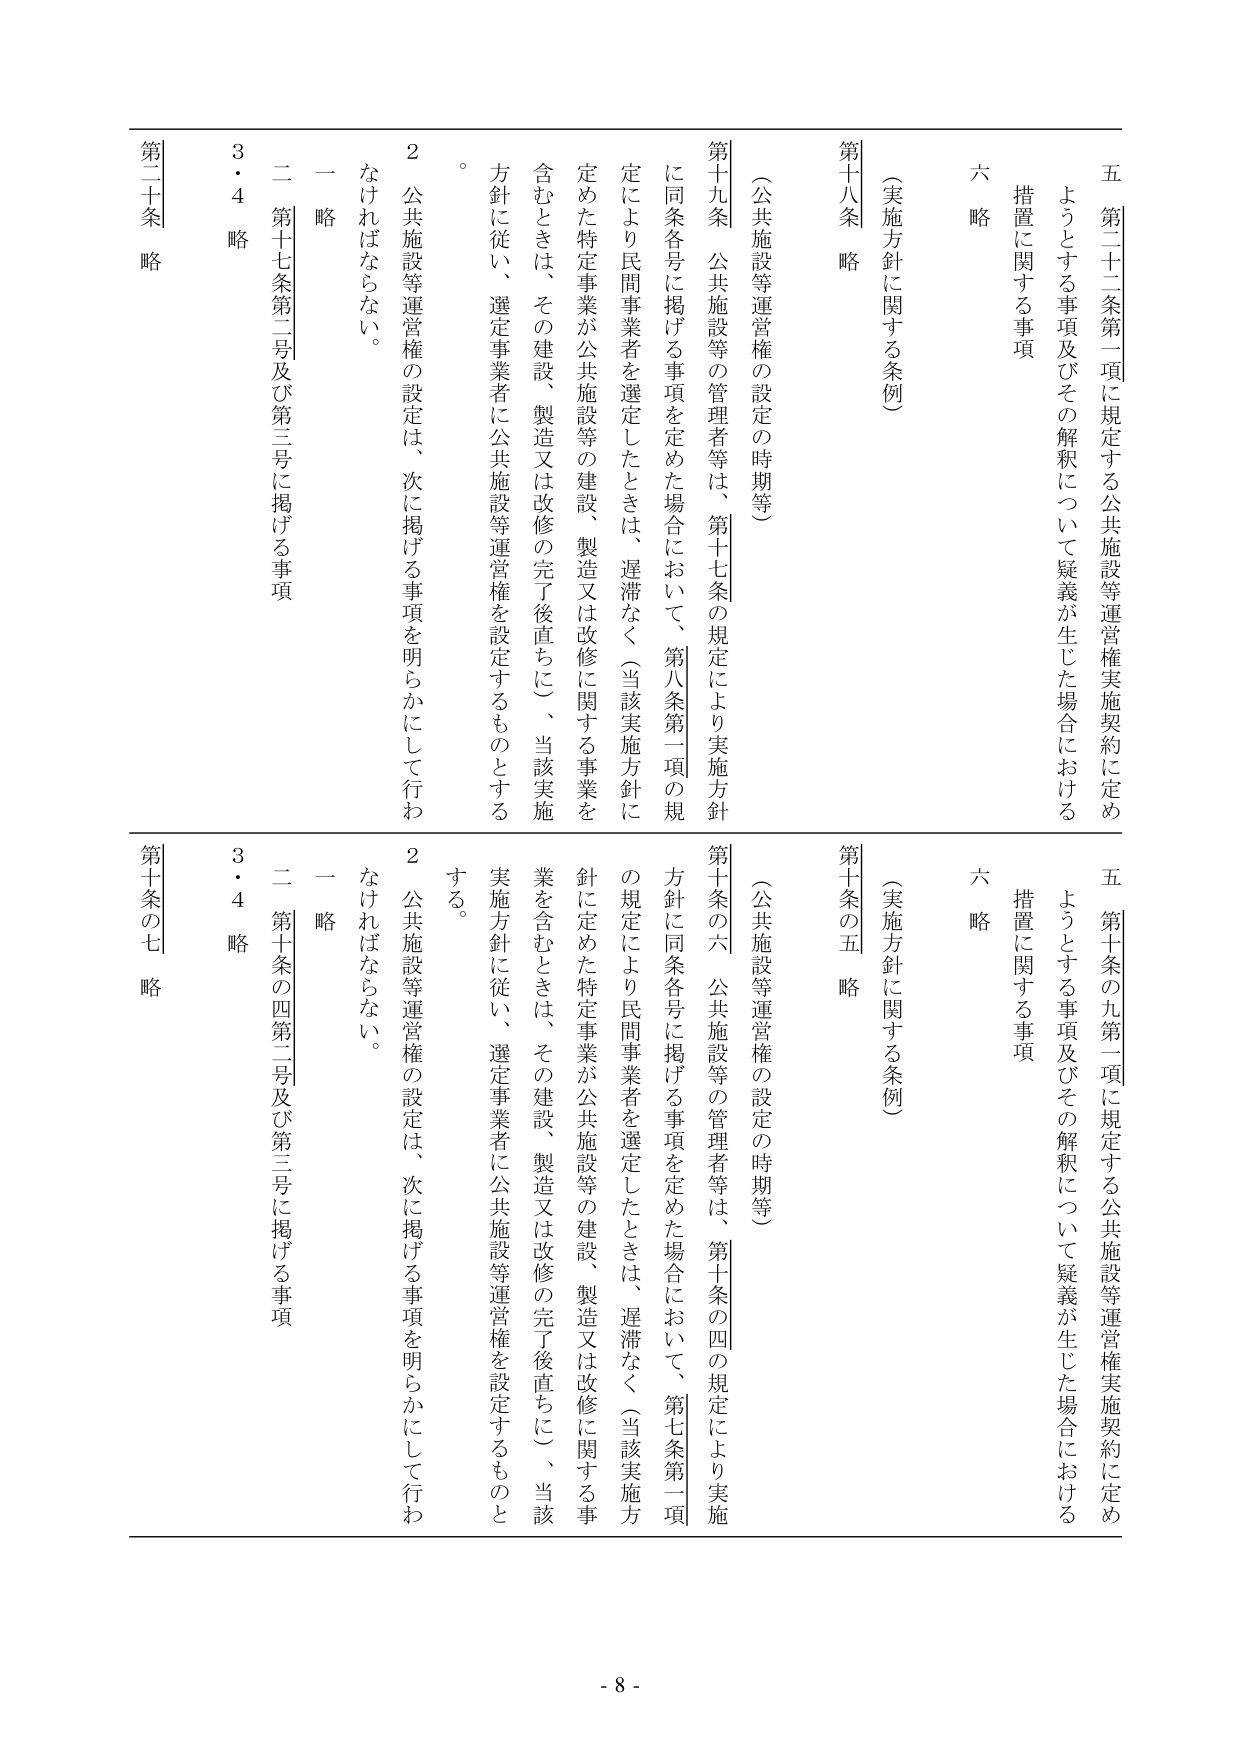
五 第二十二条第一項に規定する公共施設等運営権実施契約に定め
ようとする事項及びその解釈について疑義が生じた場合における
措置に関する事項
六 略

（実施方針に関する条例）
第十八条 略

（公共施設等運営権の設定の時期等）
第十九条 公共施設等の管理者等は、第十七条の規定により実施方針
に同条各号に掲げる事項を定めた場合において、第八条第一項の規
定により民間事業者を選定したときは、遅滞なく（当該実施方針に
定めた特定事業が公共施設等の建設、製造又は改修に関する事業を
含むときは、その建設、製造又は改修の完了後直ちに）、当該実施
方針に従い、選定事業者に公共施設等運営権を設定するものとする
。
2 公共施設等運営権の設定は、次に掲げる事項を明らかにして行わ
なければならない。
一 略
二 第十七条第二号及び第三号に掲げる事項
3・4 略
第二十条 略

五 第十条の九第一項に規定する公共施設等運営権実施契約に定め
ようとする事項及びその解釈について疑義が生じた場合における
措置に関する事項
六 略

（実施方針に関する条例）
第十条の五 略

（公共施設等運営権の設定の時期等）
第十条の六 公共施設等の管理者等は、第十条の四の規定により実施
方針に同条各号に掲げる事項を定めた場合において、第七条第一項
の規定により民間事業者を選定したときは、遅滞なく（当該実施方
針に定めた特定事業が公共施設等の建設、製造又は改修に関する事
業を含むときは、その建設、製造又は改修の完了後直ちに）、当該
実施方針に従い、選定事業者に公共施設等運営権を設定するものと
する。
2 公共施設等運営権の設定は、次に掲げる事項を明らかにして行わ
なければならない。
一 略
二 第十条の四第二号及び第三号に掲げる事項
3・4 略
第十条の七 略

- 8 -